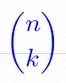
\binom{n}{k}